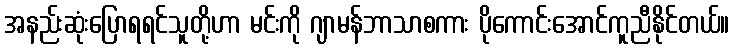
အနည်းဆုံးပြောရရင်သူတို့ဟာ မင်းကို ဂျာမန်ဘာသာစကား ပိုကောင်းအောင်ကူညီနိုင်တယ်။